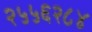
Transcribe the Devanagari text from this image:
२५५६२८४